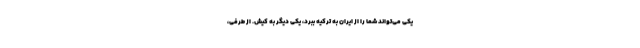
یکی می‌تواند شما را از ایران به ترکیه ببرد، یکی دیگر به کیش. از طرفی،